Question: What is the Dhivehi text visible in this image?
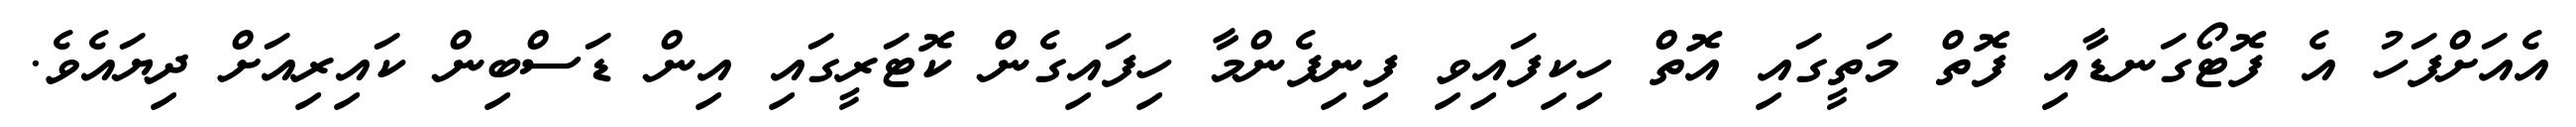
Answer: އެއަށްފަހު އެ ފޮޓޯގަނޑާއި ފޮތް މަތީގައި އޮތް ހިކިފައިވި ފިނިފެންމާ ހިފައިގެން ކޮޓަރީގައި އިން ޑަސްބިން ކައިރިއަށް ދިޔައެވެ.